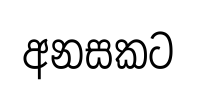
අනසකට